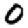
Digit: 0